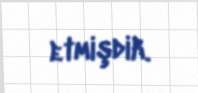
etmişdik.